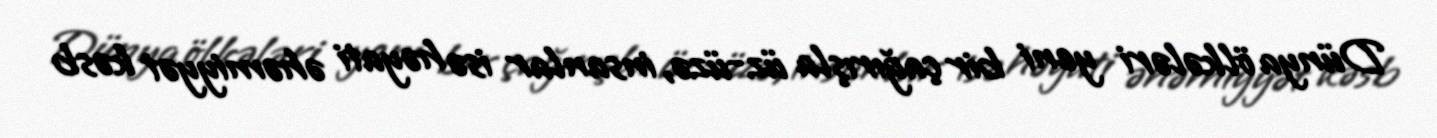
Dünya ölkələri yeni bir çağırışla üz-üzə, insanlar isə həyati əhəmiyyət kəsb